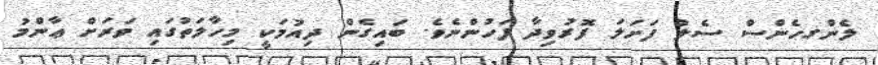
ލެންގހެންސް ސެލް ފަށަލަ ފޮރުވިދާ ފަހުންނެވެ. ބައިގެން ދިއުމަކީ މިހާލަތުގައި ވަރަށް ޢާންމު